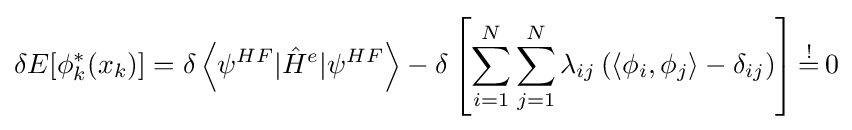
\delta E[\phi _{k}^{*}(x_{k})]=\delta \left\langle \psi ^{HF}|{\hat {H}}^{e}|\psi ^{HF}\right\rangle -\delta \left[\sum _{i=1}^{N}\sum _{j=1}^{N}\lambda _{ij}\left(\left\langle \phi _{i},\phi _{j}\right\rangle -\delta _{ij}\right)\right]{\stackrel {!}{=}}\,0